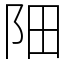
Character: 䧃